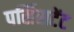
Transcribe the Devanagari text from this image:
पर्सिसटेंट